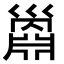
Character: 𢀅